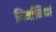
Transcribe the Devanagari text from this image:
निर्मानिनां